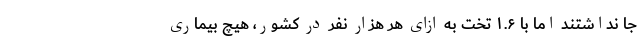
جا نداشتند اما با ۱.۶ تخت به ازای هر هزار نفر در کشور، هیچ بیماری